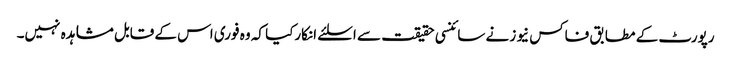
رپورٹ کے مطابق فاکس نیوز نے سائنسی حقیقت سے اسلئے انکارکیا کہ وہ فوری اس کے قابل مشاہدہ نہیں۔